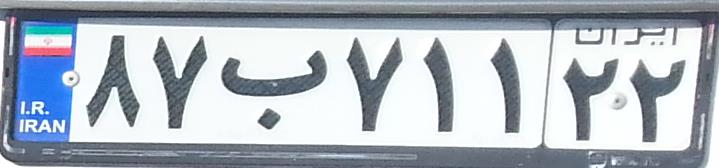
۸۷ب۷۱۱۲۲